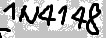
Text: IN4148